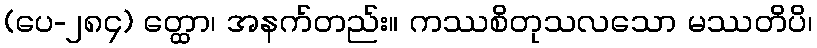
(ပေ-၂၈၄) တ္ထော၊ အနက်တည်း။ ကဿစိတုသလသော မဿတိပိ၊